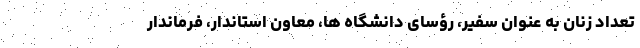
تعداد زنان به عنوان سفیر، رؤسای دانشگاه ها، معاون استاندار، فرماندار